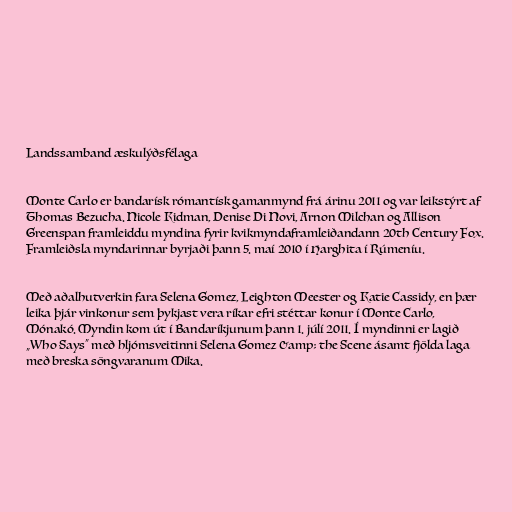
Landssamband æskulýðsfélaga

Monte Carlo er bandarísk rómantísk gamanmynd frá árinu 2011 og var leikstýrt af
Thomas Bezucha. Nicole Kidman, Denise Di Novi, Arnon Milchan og Allison
Greenspan framleiddu myndina fyrir kvikmyndaframleiðandann 20th Century Fox.
Framleiðsla myndarinnar byrjaði þann 5. maí 2010 í Harghita í Rúmeníu.

Með aðalhutverkin fara Selena Gomez, Leighton Meester og Katie Cassidy, en þær
leika þjár vinkonur sem þykjast vera ríkar efri stéttar konur í Monte Carlo,
Mónakó. Myndin kom út í Bandaríkjunum þann 1. júlí 2011. Í myndinni er lagið
„Who Says“ með hljómsveitinni Selena Gomez &amp; the Scene ásamt fjölda laga
með breska söngvaranum Mika.